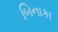
બિનાકા